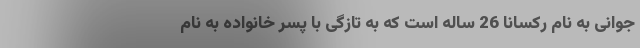
جوانی به نام رکسانا 26 ساله است که به تازگی با پسر خانواده به نام